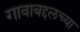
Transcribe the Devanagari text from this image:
गावाबद्दलच्या